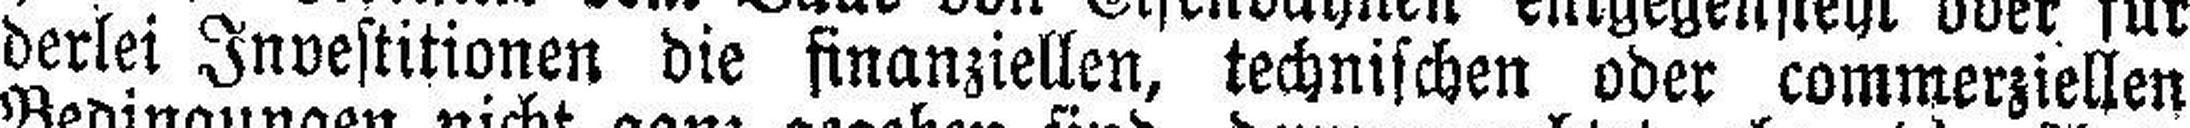
derlei Investitionen die finanziellen, technischen oder commerziellen